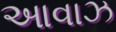
આવાઝ